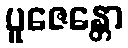
ပူဇေန္တော